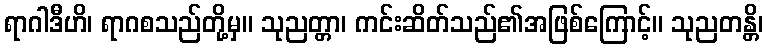
ရာဂါဒီဟိ၊ ရာဂစသည်တို့မှ။ သုညတ္တာ၊ ကင်းဆိတ်သည်၏အဖြစ်ကြောင့်။ သုညတန္တိ၊